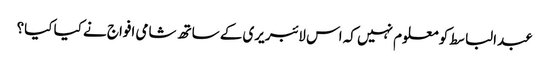
عبدالباسط کو معلوم نہیں کہ اس لائبریری کے ساتھ شامی افواج نے کیا کیا؟